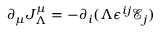
\partial _ { \mu } J _ { \Lambda } ^ { \mu } = - \partial _ { i } ( \Lambda \epsilon ^ { i j } \mathcal { E } _ { j } )